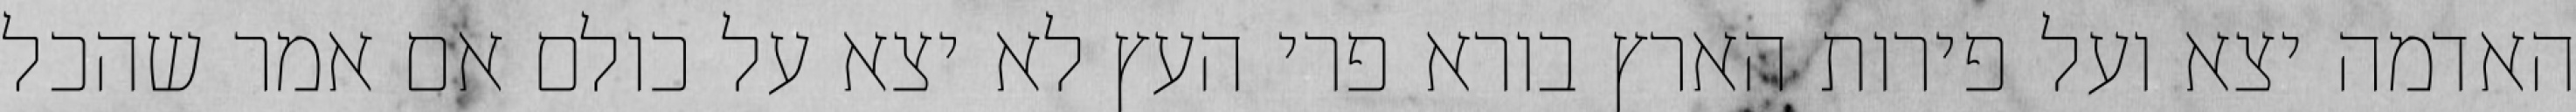
האדמה יצא ועל פירות הארץ בורא פרי העץ לא יצא על כולם אם אמר שהכל